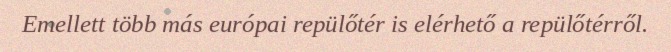
Emellett több más európai repülőtér is elérhető a repülőtérről.